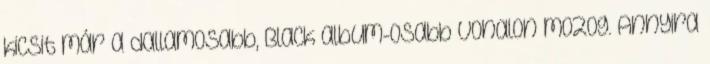
kicsit már a dallamosabb, Black album-osabb vonalon mozog. Annyira